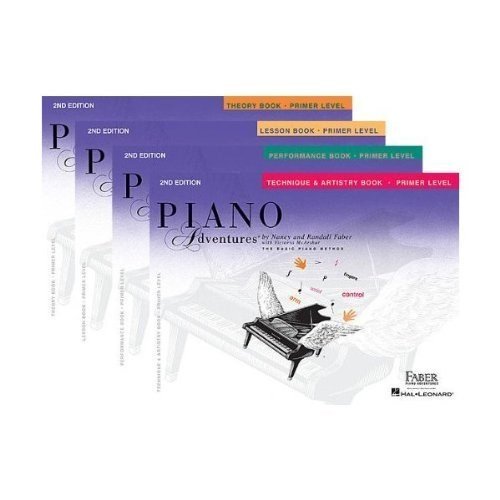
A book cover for Faber Piano Adventures Primer Level Learning Library Pack - Lesson, Theory, Performance, and Technique & Artistry Books; Humor & Entertainment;